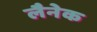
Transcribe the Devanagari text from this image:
लैनेक